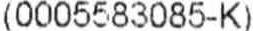
(0005583085-K)